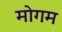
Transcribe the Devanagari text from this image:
मोगम